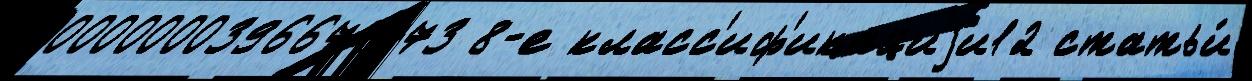
0000000396674773 8-е класс'иф'икациjи12 статьи́